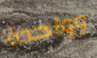
وواحدة